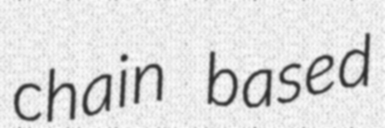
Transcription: chain based